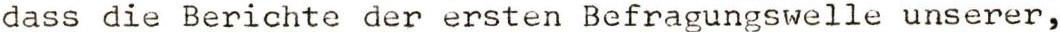
dass die Berichte der ersten Befragungswelle unserer,